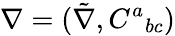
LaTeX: \nabla{}=(\tilde{\nabla},C^{a}{}_{bc})